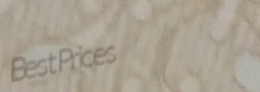
BestPrices